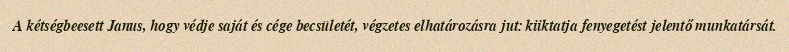
A kétségbeesett Janus, hogy védje saját és cége becsületét, végzetes elhatározásra jut: kiiktatja fenyegetést jelentő munkatársát.